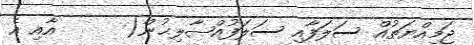
ޖަމިއްޔަތުއް ސަލަފާއި ސަލަފުއްޞާލިޙުން(      އާއި އެ